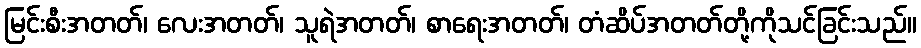
မြင်းစီးအတတ်၊ လေးအတတ်၊ သူရဲအတတ်၊ စာရေးအတတ်၊ တံဆိပ်အတတ်တို့ကိုသင်ခြင်းသည်။